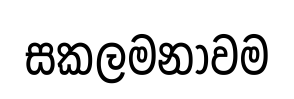
සකලමනාවම